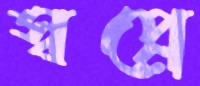
স্বপ্নে